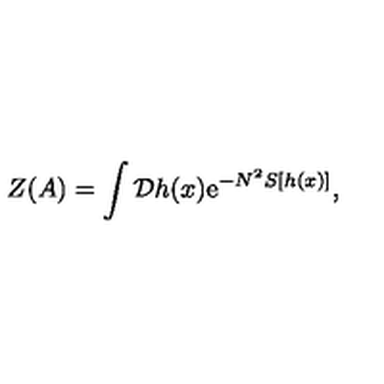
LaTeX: Z ( A ) = \int { \cal D } h ( x ) \mathrm { e } ^ { - N ^ { 2 } S [ h ( x ) ] } ,